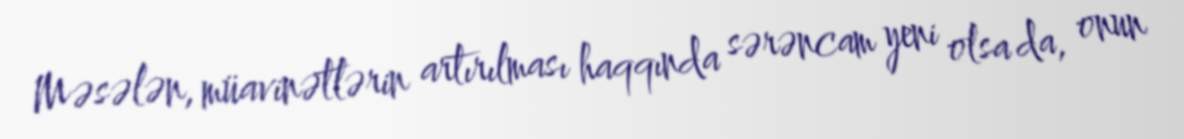
Məsələn, müavinətlərin artırılması haqqında sərəncam yeni olsa da, onun